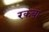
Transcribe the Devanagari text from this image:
रकबा